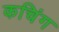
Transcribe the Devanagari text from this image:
कचिंग